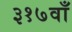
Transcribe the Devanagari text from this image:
३१७वाँ